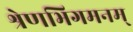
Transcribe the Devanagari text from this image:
श्रेणभिगमनम्